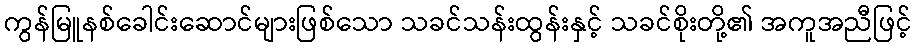
ကွန်မြူနစ်ခေါင်းဆောင်များဖြစ်သော သခင်သန်းထွန်းနှင့် သခင်စိုးတို့၏ အကူအညီဖြင့်